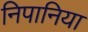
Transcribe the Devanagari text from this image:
निपानिया